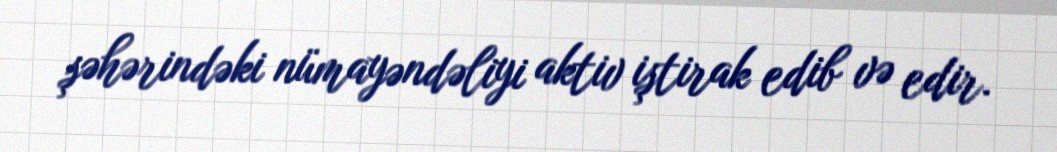
şəhərindəki nümayəndəliyi aktiv iştirak edib və edir.